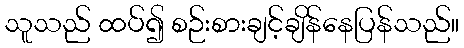
သူသည် ထပ်၍ စဉ်းစားချင့်ချိန်နေပြန်သည်။